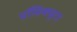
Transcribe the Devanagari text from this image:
प्रॉसिक्यूटर